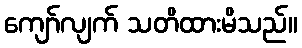
ကျော်လျက် သတိထားမိသည်။